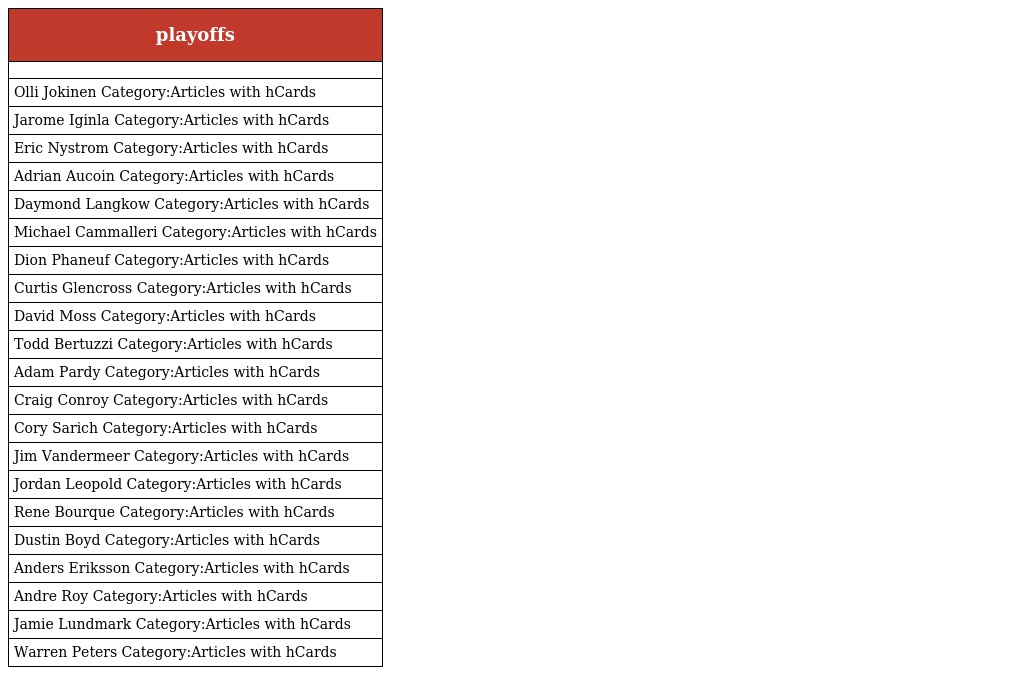
| playoffs |
 | --- |
 |  |
 | Olli Jokinen Category:Articles with hCards |
 | Jarome Iginla Category:Articles with hCards |
 | Eric Nystrom Category:Articles with hCards |
 | Adrian Aucoin Category:Articles with hCards |
 | Daymond Langkow Category:Articles with hCards |
 | Michael Cammalleri Category:Articles with hCards |
 | Dion Phaneuf Category:Articles with hCards |
 | Curtis Glencross Category:Articles with hCards |
 | David Moss Category:Articles with hCards |
 | Todd Bertuzzi Category:Articles with hCards |
 | Adam Pardy Category:Articles with hCards |
 | Craig Conroy Category:Articles with hCards |
 | Cory Sarich Category:Articles with hCards |
 | Jim Vandermeer Category:Articles with hCards |
 | Jordan Leopold Category:Articles with hCards |
 | Rene Bourque Category:Articles with hCards |
 | Dustin Boyd Category:Articles with hCards |
 | Anders Eriksson Category:Articles with hCards |
 | Andre Roy Category:Articles with hCards |
 | Jamie Lundmark Category:Articles with hCards |
 | Warren Peters Category:Articles with hCards |